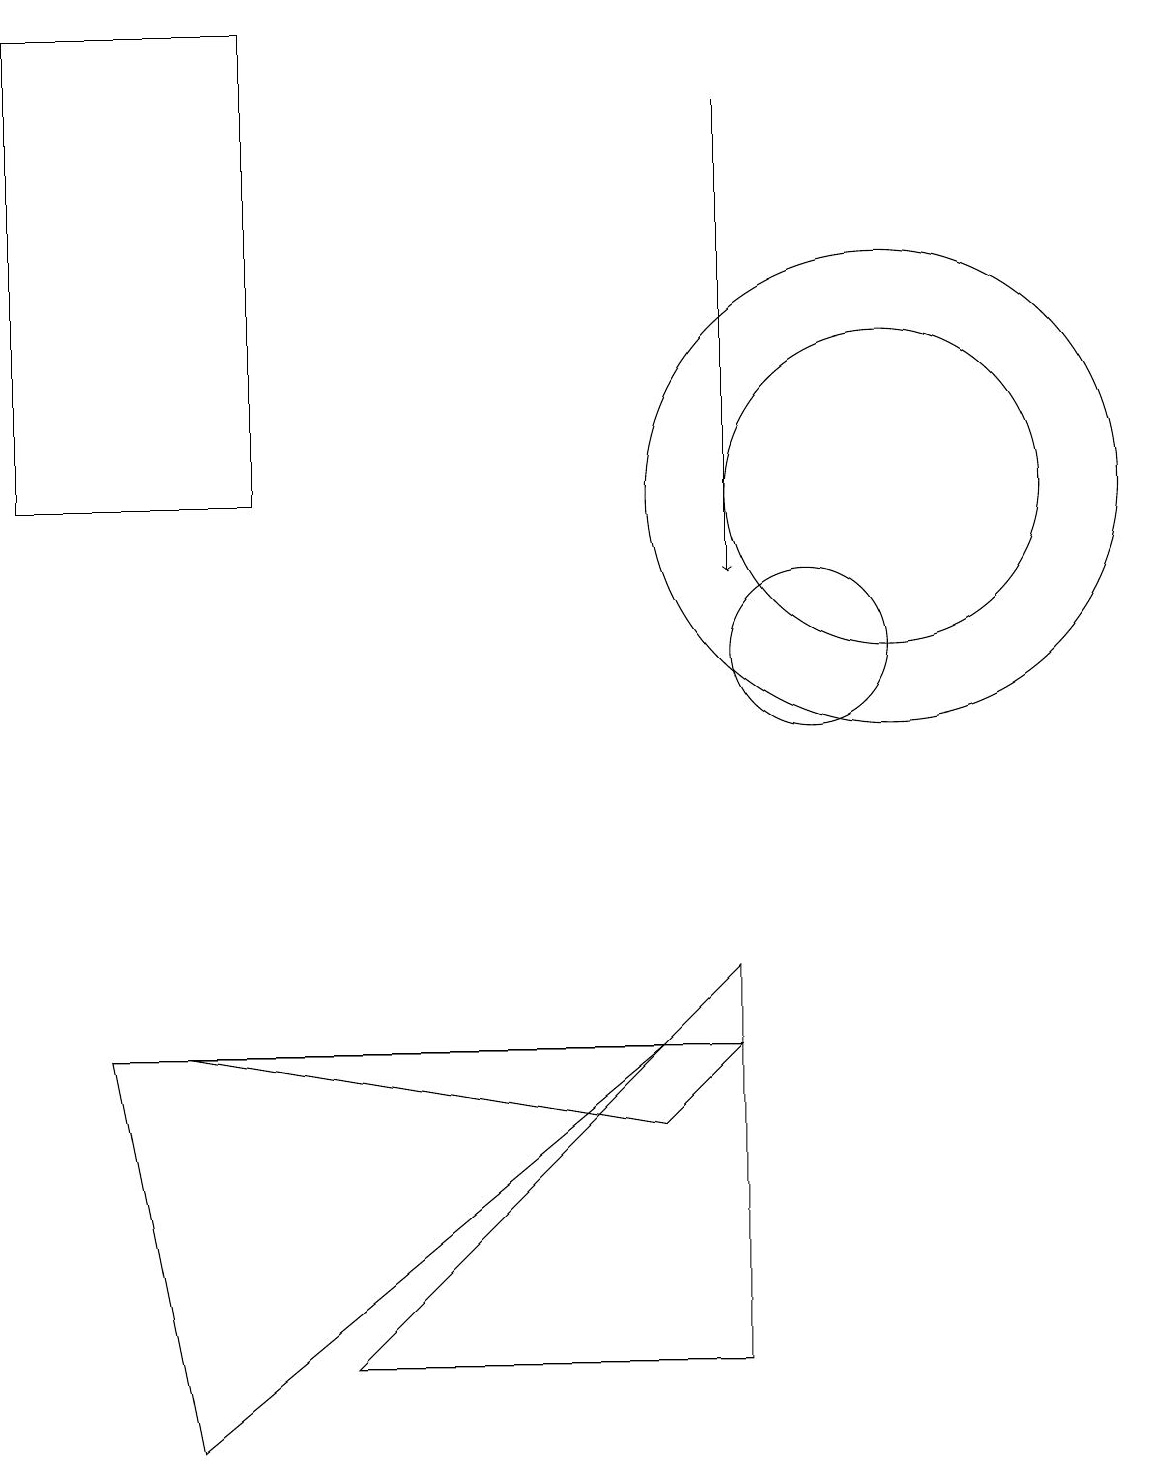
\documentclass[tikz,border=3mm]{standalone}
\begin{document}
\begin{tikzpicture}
\draw[->] (9,17) -- (9,11);
\draw (9,6) -- (4,1) -- (9,1) -- cycle;
\draw (11,12) circle (3);
\draw (3,18) rectangle (0,12);
\draw (10,10) circle (1);
\draw (9,5) -- (2,5) -- (8,4) -- cycle;
\draw (8,5) -- (1,5) -- (2,0) -- cycle;
\draw (11,12) circle (2);
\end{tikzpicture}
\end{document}